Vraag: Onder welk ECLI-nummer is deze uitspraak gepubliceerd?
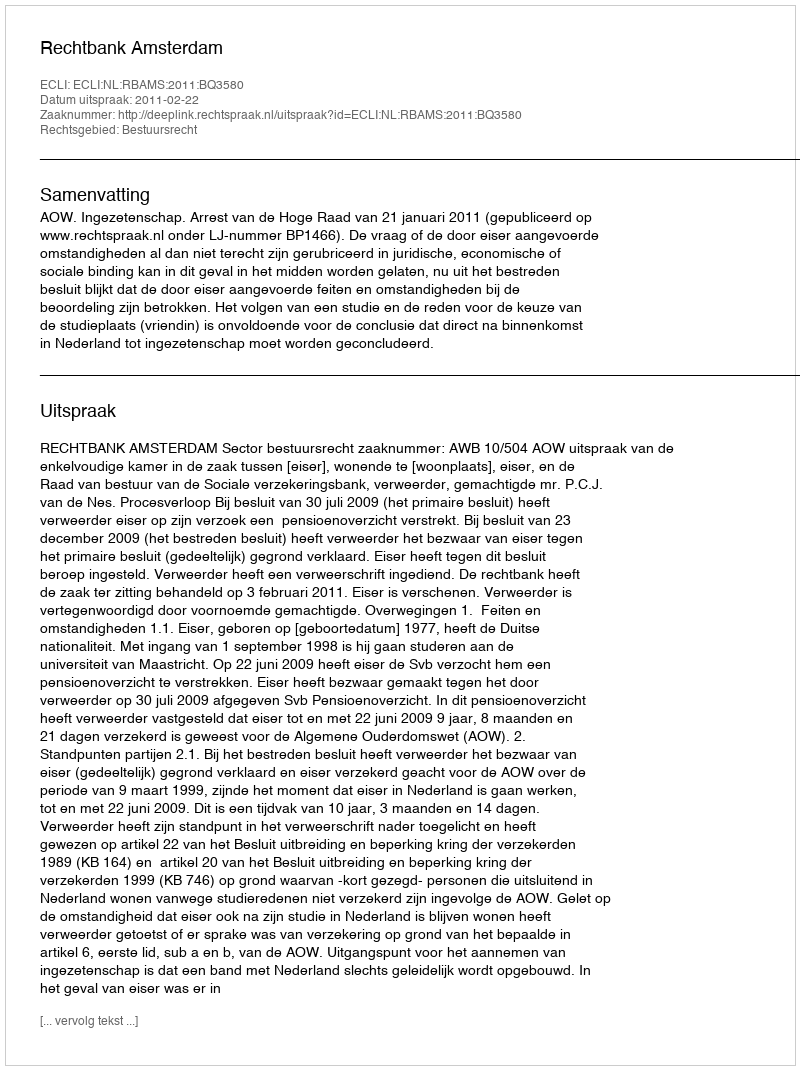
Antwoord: ECLI:NL:RBAMS:2011:BQ3580